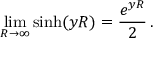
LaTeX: \operatorname * { l i m } _ { R \to \infty } \sinh ( y R ) = \frac { e ^ { y R } } { 2 } \, { . }